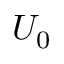
U _ { 0 }